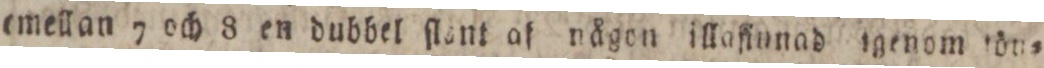
emellan 7 och 8 en dubbel ſlont af någon illaſinnad igenom tön=